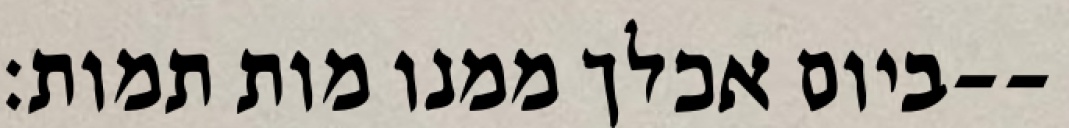
ביום אכלך ממנו מות תמות׃--